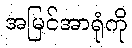
အမြင်အာရုံကို